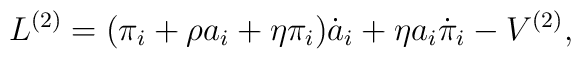
L^{(2)} = (\pi_i + \rho a_i + \eta \pi_i)\dot{a}_i + \eta a_i \dot{\pi}_i - V^{(2)},